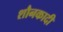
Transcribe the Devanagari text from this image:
शौनकादी